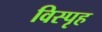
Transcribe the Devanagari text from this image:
विस्पृह